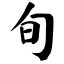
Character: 旬